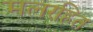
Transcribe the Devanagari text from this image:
मलरहित